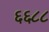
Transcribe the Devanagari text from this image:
६६८८